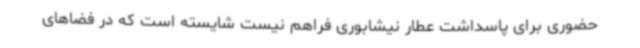
حضوری برای پاسداشت عطار نیشابوری فراهم نیست شایسته است که در فضاهای